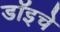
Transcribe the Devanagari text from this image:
डॉइचे